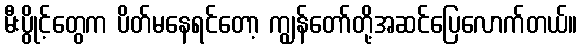
မီးပွိုင့်တွေက ပိတ်မနေရင်တော့ ကျွန်တော်တို့အဆင်ပြေလောက်တယ်။